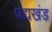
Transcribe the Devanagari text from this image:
पद्यखंड